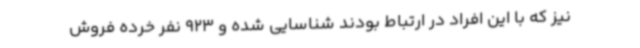
نیز که با این افراد در ارتباط بودند شناسایی شده و 923 نفر خرده فروش